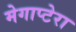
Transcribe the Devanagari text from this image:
मेगाप्टेरा